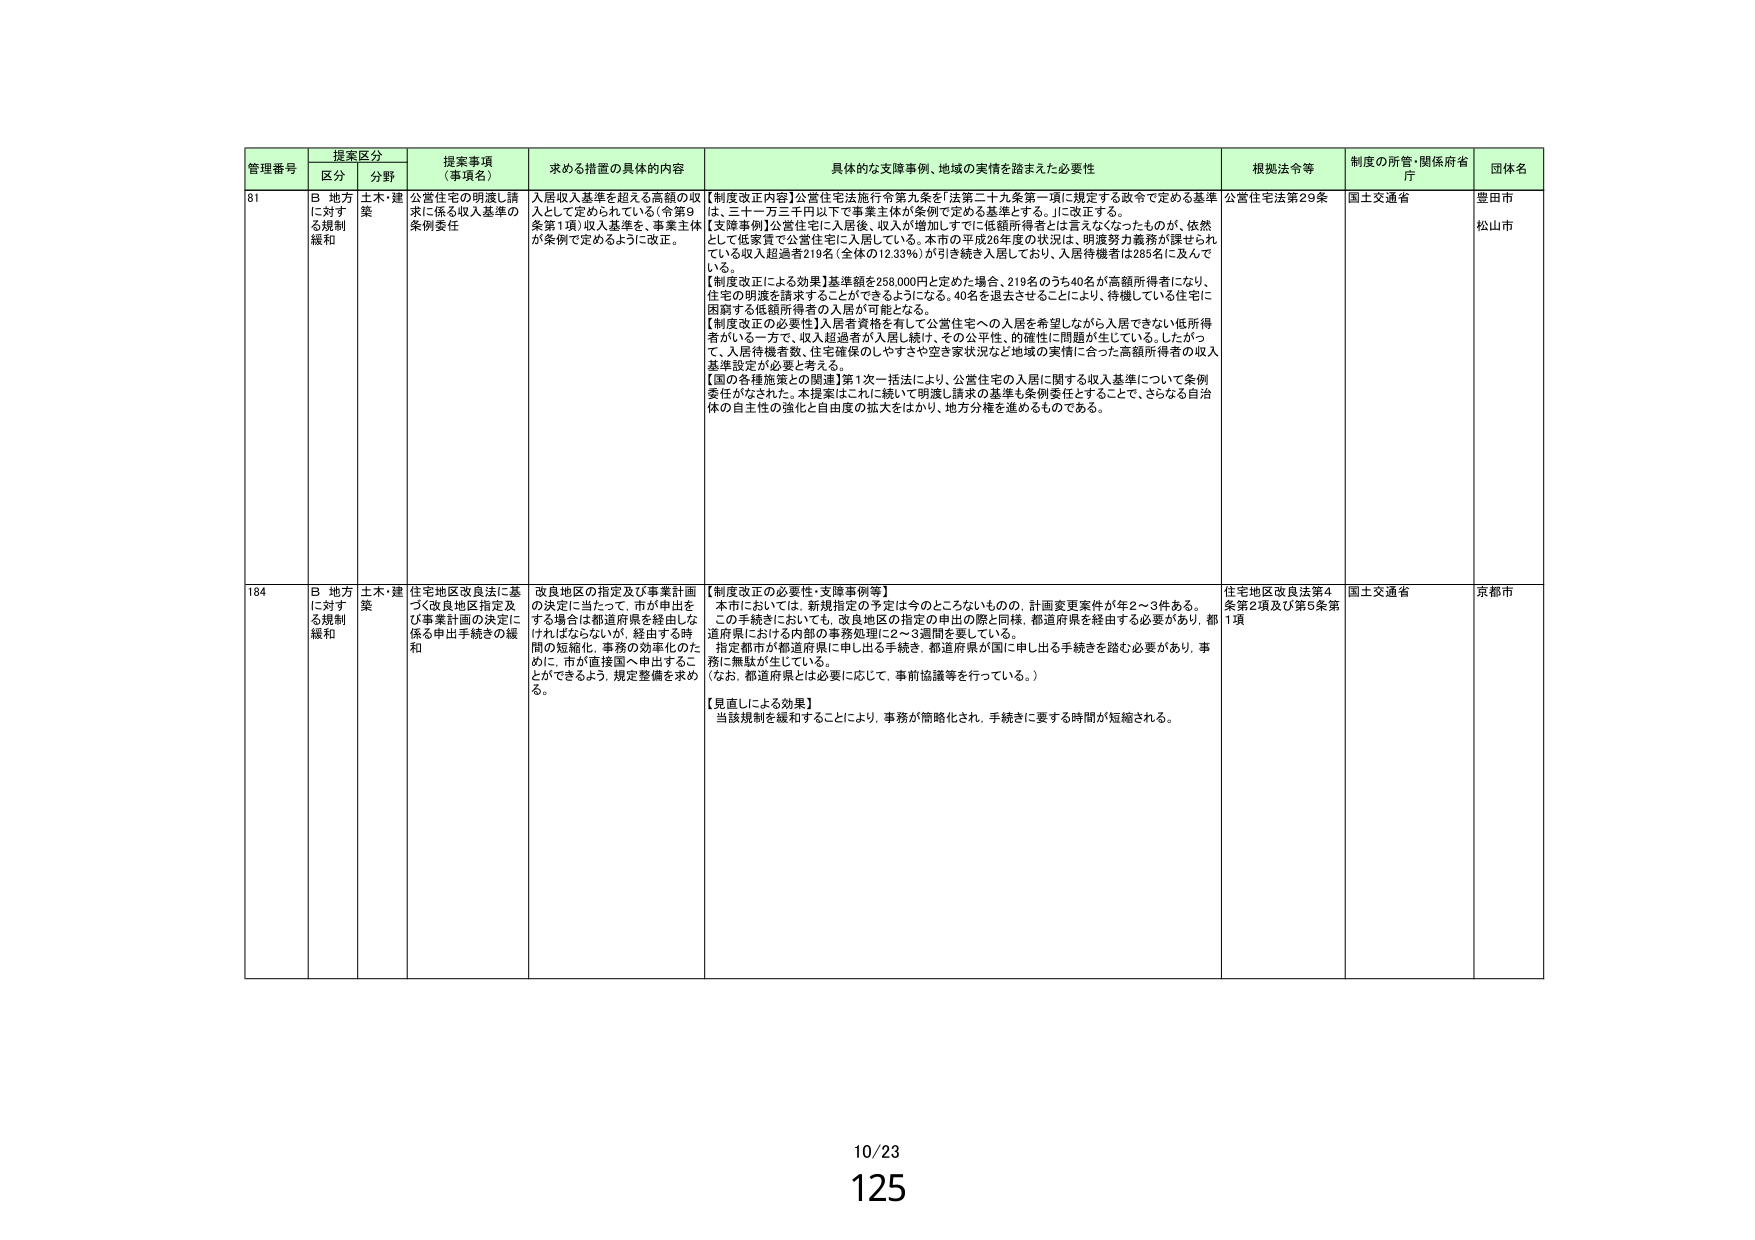
管理番号 提案区分 提案事項（事項名） 求める措置の具体的内容 具体的な支障事例、地域の実情を踏まえた必要性 根拠法令等 制度の所管・関係府省庁 団体名
区分 分野
81 B 地方に対する規制緩和 土木・建築 公営住宅の明渡し請求に係る収入基準の条例委任 入居収入基準を超える高額の収入として定められている（令第9条第1項）収入基準を、事業主体が条例で定めるように改正。 【制度改正内容】公営住宅法施行令第九条を「法第二十九条第一項に規定する政令で定める基準は、三十一万三千円以下で事業主体が条例で定める基準とする。」に改正する。 【支障事例】公営住宅に入居後、収入が増加しすでに低額所得者とは言えなくなったものが、依然として低家賃で公営住宅に入居している。本市の平成26年度の状況は、明渡努力義務が課せられている収入超過者219名（全体の12.33％）が引き続き入居しており、入居待機者は285名に及んでいる。 【制度改正による効果】基準額を258,000円と定めた場合、219名のうち40名が高額所得者になり、住宅の明渡を請求することができるようになる。40名を退去させることにより、待機している住宅に困窮する低額所得者の入居が可能となる。 【制度改正の必要性】入居者資格を有して公営住宅への入居を希望しながら入居できない低所得者がいる一方で、収入超過者が入居し続け、その公平性、的確性に問題が生じている。したがって、入居待機者数、住宅確保のしやすさや空き家状況など地域の実情に合った高額所得者の収入基準設定が必要と考える。 【国の各種施策との関連】第1次一括法により、公営住宅の入居に関する収入基準について条例委任がなされた。本提案はこれに続いて明渡し請求の基準も条例委任とすることで、さらなる自治体の自主性の強化と自由度の拡大をはかり、地方分権を進めるものである。 公営住宅法第29条 国土交通省 豊田市 松山市
184 B 地方に対する規制緩和 土木・建築 住宅地区改良法に基づく改良地区指定及び事業計画の決定に係る申出手続きの緩和 改良地区の指定及び事業計画の決定に当たって、市が申出をする場合は都道府県を経由しなければならないが、経由する時間の短縮化、事務の効率化のために、市が直接国へ申出することができるよう、規定整備を求める。 【制度改正の必要性・支障事例等】 本市においては、新規指定の予定は今のところないものの、計画変更案件が年2～3件ある。 この手続きにおいても、改良地区の指定の申出の際と同様、都道府県を経由する必要があり、都道府県における内部の事務処理に2～3週間を要している。 指定都市が都道府県に申し出る手続き、都道府県が国に申し出る手続きを踏む必要があり、事務に無駄が生じている。 （なお、都道府県とは必要に応じて、事前協議等を行っている。） 【見直しによる効果】 当該規制を緩和することにより、事務が簡略化され、手続きに要する時間が短縮される。 住宅地区改良法第4条第2項及び第5条第1項 国土交通省 京都市
10/23
125